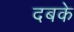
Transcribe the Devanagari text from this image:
दबके